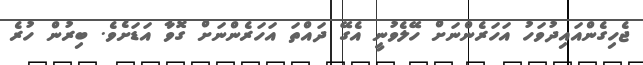
ޖެހިގެންއައިދުވަހު އަހަރެންނަށް ހޭލެވުނީ އެގޭ ދައްތަ އަހަރެންނަށް ގޮވާ އަޑަށެވެ. ބިރުން ހުރެ